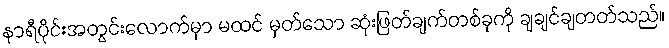
နာရီပိုင်းအတွင်းလောက်မှာ မထင် မှတ်သော ဆုံးဖြတ်ချက်တစ်ခုကို ချချင်ချတတ်သည်။